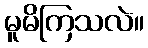
မူမိကြသလဲ။